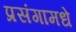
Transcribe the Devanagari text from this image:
प्रसंगामधे